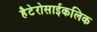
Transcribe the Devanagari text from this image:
हैटेरोसाईकलिक